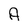
Character: A